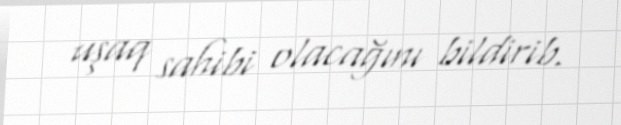
uşaq sahibi olacağını bildirib.